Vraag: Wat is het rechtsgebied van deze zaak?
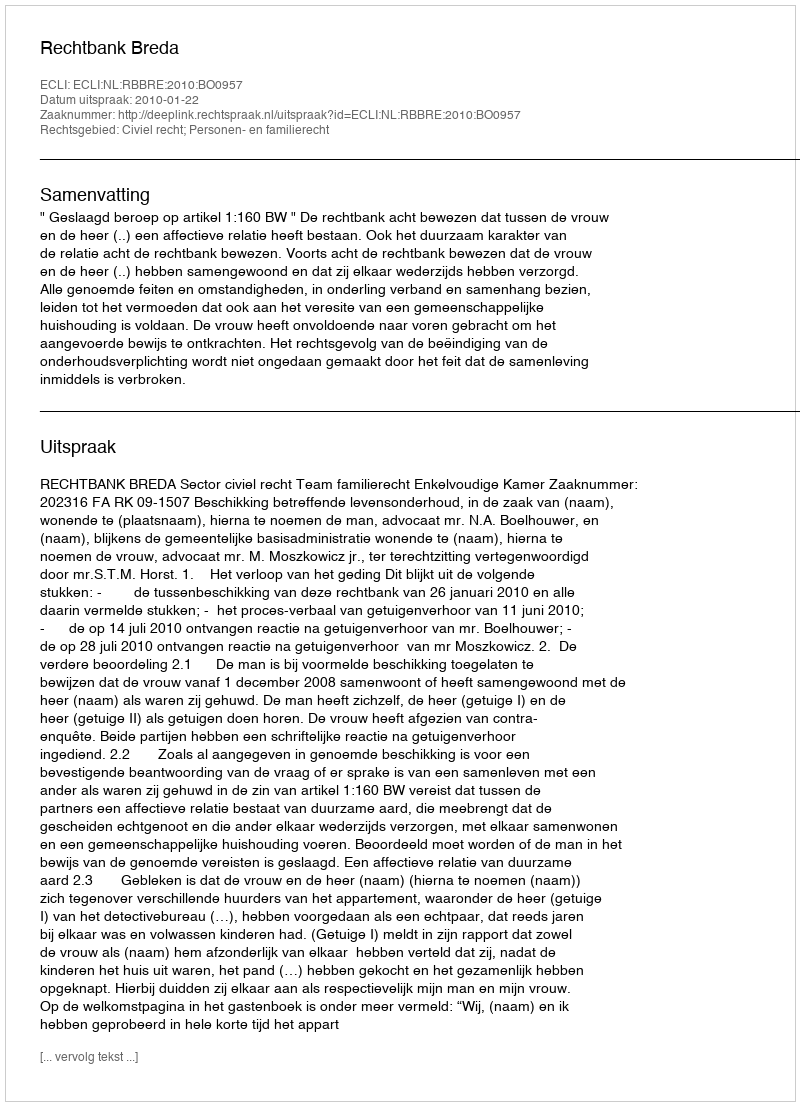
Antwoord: Civiel recht; Personen- en familierecht